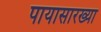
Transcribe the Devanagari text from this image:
पायासारख्या